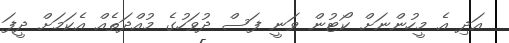
އަދި އެ މީހުންނަށް ކޯޓުން ވަނީ ފަސް ދުވަހުގެ މުއްދަތެއް އެކަމަށް ދީފަ